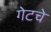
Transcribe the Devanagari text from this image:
गेटचे